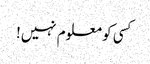
کسی کو معلوم نہیں!